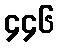
၄၄၆